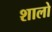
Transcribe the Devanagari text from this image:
शालो